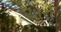
ચારો